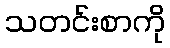
သတင်းစာကို